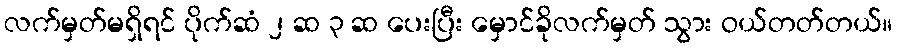
လက်မှတ်မရှိရင် ပိုက်ဆံ ၂ ဆ ၃ ဆ ပေးပြီး မှောင်ခိုလက်မှတ် သွား ဝယ်တတ်တယ်။